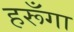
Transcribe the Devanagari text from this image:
हरूँगा